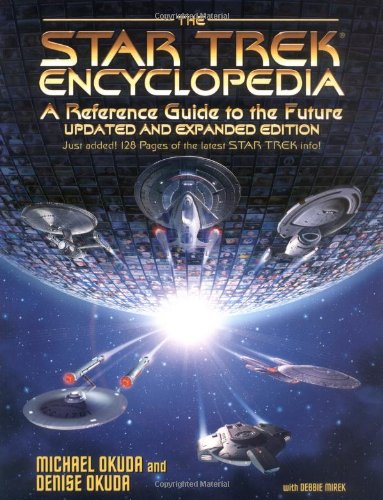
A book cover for The Star Trek Encyclopedia; Michael Okuda; Humor & Entertainment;